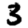
Digit: 3